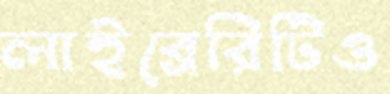
লাইব্রেরিটিও